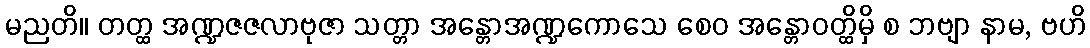
မညတိ။ တတ္ထ အဏ္ဍဇဇလာဗုဇာ သတ္တာ အန္တောအဏ္ဍကောသေ စေဝ အန္တောဝတ္ထိမှိ စ ဘဗျာ နာမ, ဗဟိ